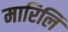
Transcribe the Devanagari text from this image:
मारिलि